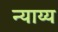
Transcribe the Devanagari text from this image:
न्‍याय्य